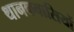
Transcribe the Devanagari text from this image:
थानकवासियों